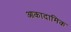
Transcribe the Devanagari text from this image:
आकादामिक